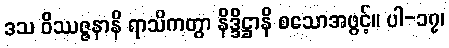
ဒသ ဝိဿဇ္ဇနာနိ ရာသိကတွာ နိဒ္ဒိဋ္ဌာနိ စသောအဖွင့်။ ပါ-၁၇၊